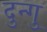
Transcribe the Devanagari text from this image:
दुन्गु